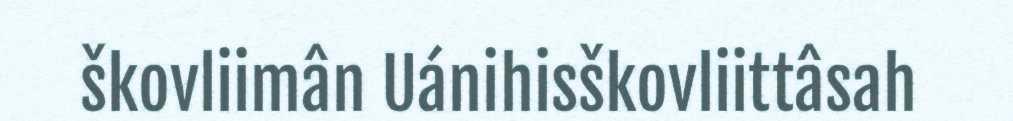
škovliimân Uánihisškovliittâsah